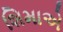
શિમાએ